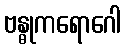
ဗန္ဓုကရောဂေါ